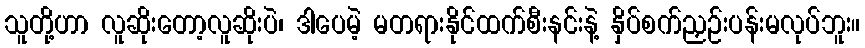
သူတို့ဟာ လူဆိုးတော့လူဆိုးပဲ၊ ဒါပေမဲ့ မတရားနိုင်ထက်စီးနင်းနဲ့ နှိပ်စက်ညှဉ်းပန်းမလုပ်ဘူး။